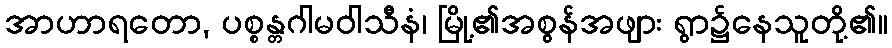
အာဟာရတော, ပစ္စန္တဂါမဝါသီနံ၊ မြို့၏အစွန်အဖျား ရွာ၌နေသူတို့၏။